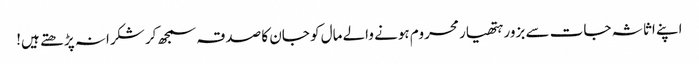
اپنے اثاثہ جات سے بزور ہتھیار محروم ہونے والے مال کو جان کا صدقہ سمجھ کر شکرانہ پڑ ھتے ہیں!